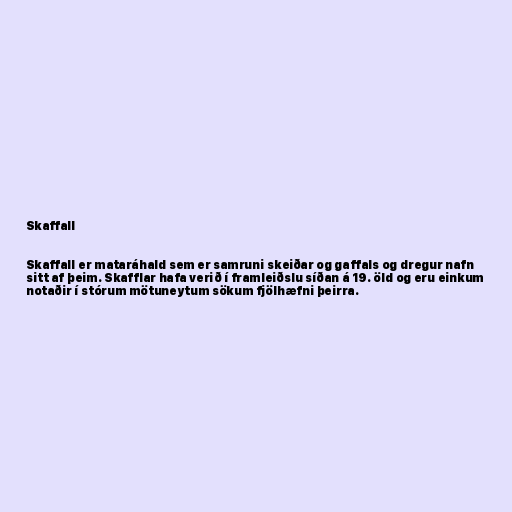
Skaffall

Skaffall er mataráhald sem er samruni skeiðar og gaffals og dregur nafn
sitt af þeim. Skafflar hafa verið í framleiðslu síðan á 19. öld og eru einkum
notaðir í stórum mötuneytum sökum fjölhæfni þeirra.